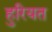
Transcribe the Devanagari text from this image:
हुरियत